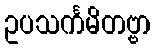
ဥပသင်္ကမိတဗ္ဗာ